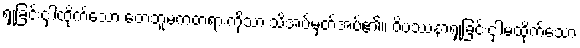
ရှုခြင်းငှါထိုက်သော တေဘူမကတရားကိုသာ သိအပ်မှတ်အပ်၏။ ဝိပဿနာရှုခြင်းငှါမထိုက်သော